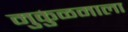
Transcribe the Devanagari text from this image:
मुकुळमाला